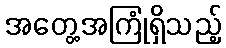
အတွေ့အကြုံရှိသည့်